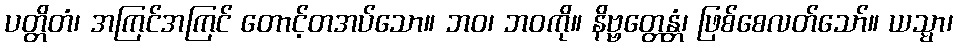
ပတ္တိတံ၊ အကြင်အကြင် တောင့်တအပ်သော။ ဘဝ၊ ဘဝကို။ နိဗ္ဗတ္တေန္တံ၊ ဖြစ်စေလတ်သော်။ ယသ္မာ၊